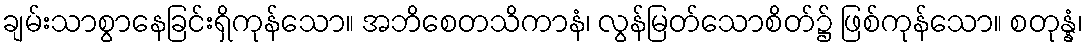
ချမ်းသာစွာနေခြင်းရှိကုန်သော။ အဘိစေတသိကာနံ၊ လွန်မြတ်သောစိတ်၌ ဖြစ်ကုန်သော။ စတုန္နံ၊